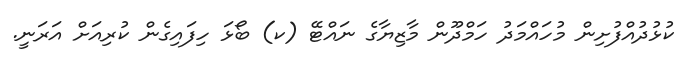
ކުޅުދުއްފުށިން މުހައްމަދު ހަމްދޫން މާޒިޔާގެ ނައްޓޭ (ކ) ބޯޅަ ހިފައިގެން ކުރިއަށް އަރަނީ.